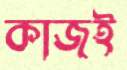
কাজই